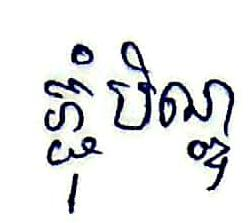
ភ្ជុំបិណ្ឌ